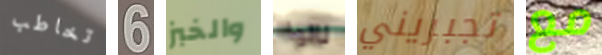
تخاطب 6 والخبز نالوا تجبريني مع